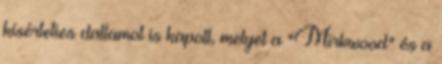
kísérteties dallamot is kapott, melyet a "Mirkwood" és a